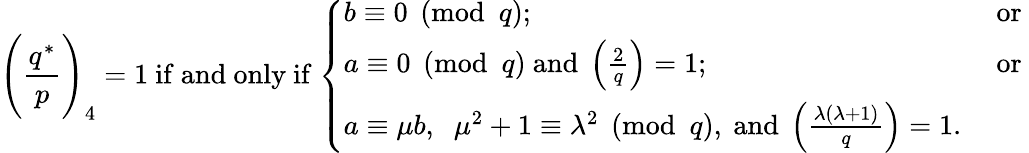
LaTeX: {\Bigg(}{\frac{q^{*}}{p}}{\Bigg)}_{4}=1{\mathrm{~if~and~only~if~}}{\left\{ \begin{array}{ll}{b\equiv 0{\pmod{q}};}&{{\mathrm{~or~}}}\\ {a\equiv 0{\pmod{q}}{\mathrm{~and~}}\left({\frac{2}{q}}\right)=1;}&{{\mathrm{~or~}}}\\ {a\equiv\mu b,\; \; \mu^{2}+1\equiv\lambda^{2}{\pmod{q}}{\mathrm{,~and~}}\left({\frac{\lambda(\lambda+1)}{q}}\right)=1.}\end{array}\right.}